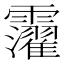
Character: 𩆸